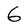
Character: 6